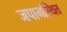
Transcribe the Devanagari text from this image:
जपानस्थित